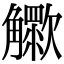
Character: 𧥊